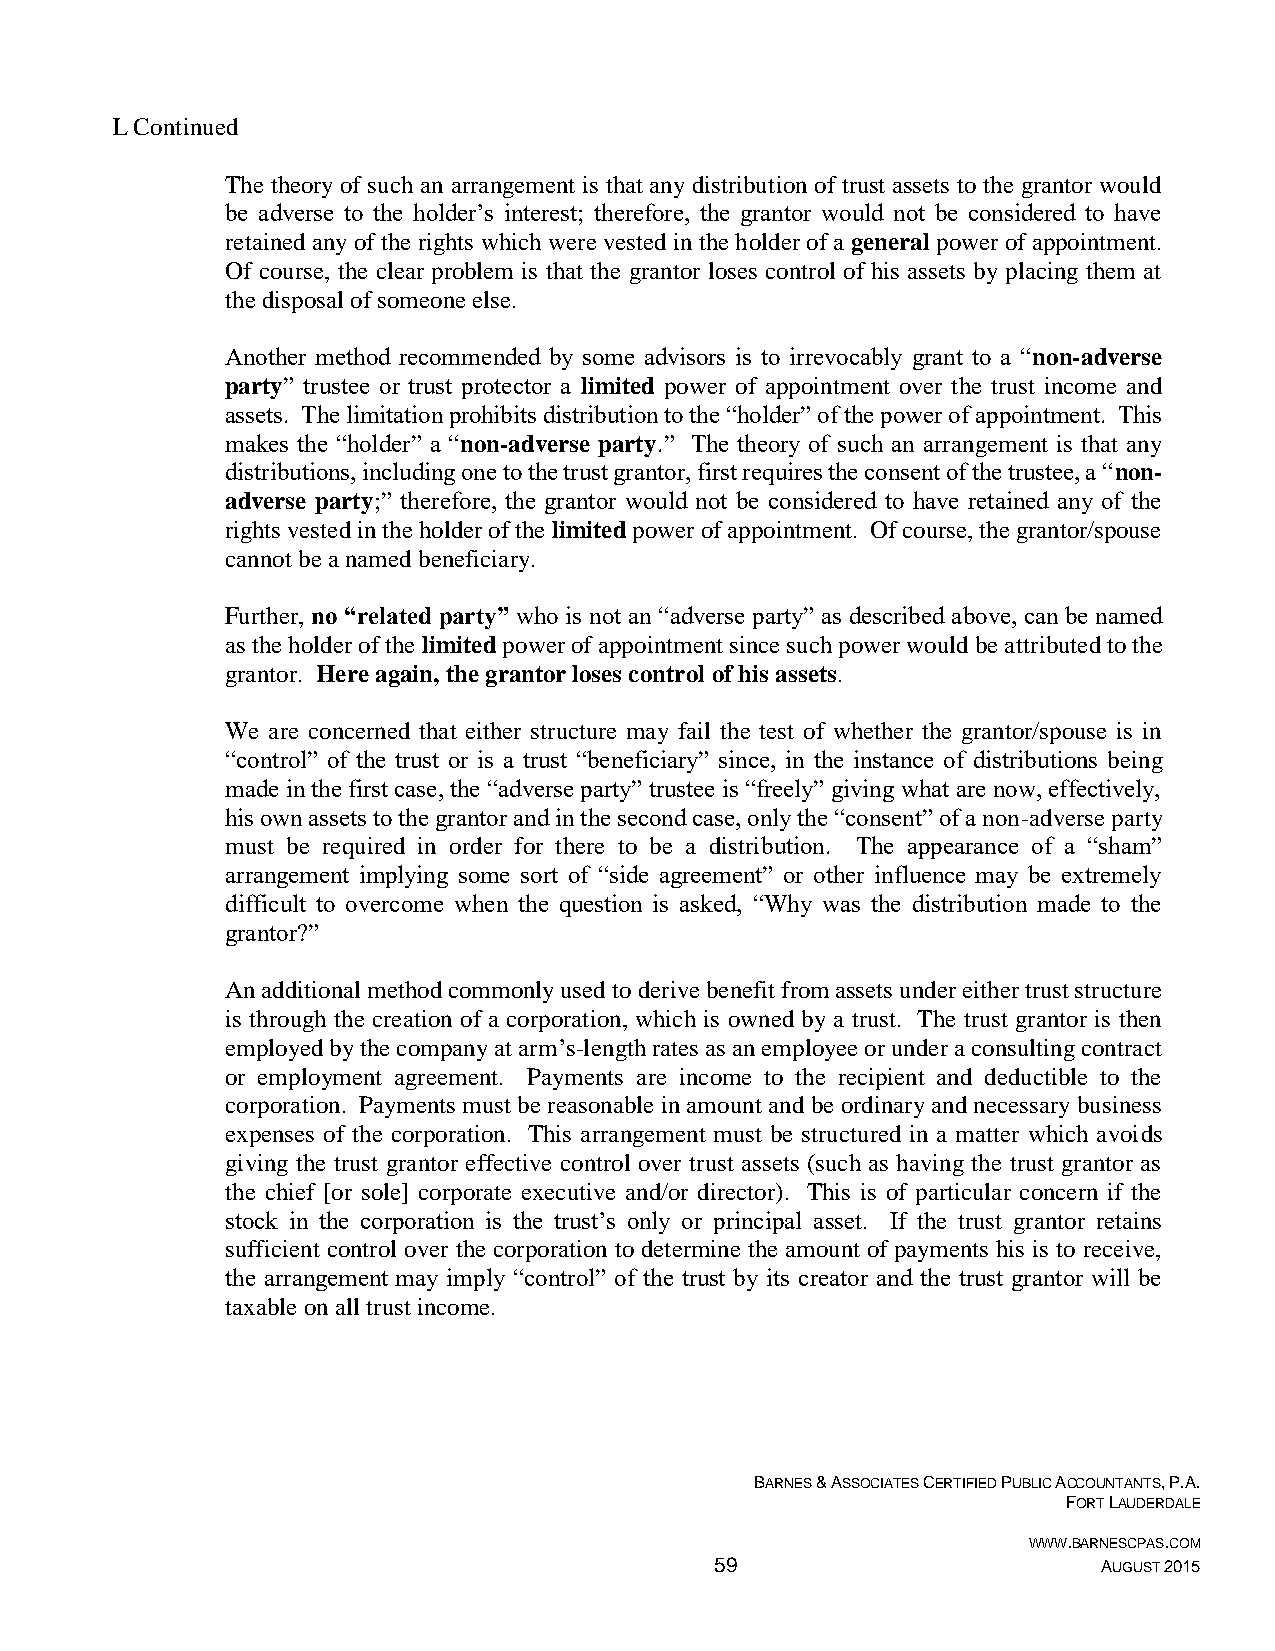
L Continued
 The theory of such an arrangement is that any distribution of trust assets to the grantor would
 be adverse to the holder’s interest; therefore, the grantor would not be considered to have
 retained any of the rights which were vested in the holder of a general power of appointment.
 Of course, the clear problem is that the grantor loses control of his assets by placing them at
 the disposal of someone else.
 Another method recommended by some advisors is to irrevocably grant to a “non-adverse
 party” trustee or trust protector a limited power of appointment over the trust income and
 assets. The limitation prohibits distribution to the “holder” of the power of appointment. This
 makes the “holder” a “non-adverse party.” The theory of such an arrangement is that any
 distributions, including one to the trust grantor, first requires the consent of the trustee, a “non-
 adverse party;” therefore, the grantor would not be considered to have retained any of the
 rights vested in the holder of the limited power of appointment. Of course, the grantor/spouse
 cannot be a named beneficiary.
 Further, no “related party” who is not an “adverse party” as described above, can be named
 as the holder of the limited power of appointment since such power would be attributed to the
 grantor. Here again, the grantor loses control of his assets.
 We are concerned that either structure may fail the test of whether the grantor/spouse is in
 “control” of the trust or is a trust “beneficiary” since, in the instance of distributions being
 made in the first case, the “adverse party” trustee is “freely” giving what are now, effectively,
 his own assets to the grantor and in the second case, only the “consent” of a non-adverse party
 must be required in order for there to be a distribution. The appearance of a “sham”
 arrangement implying some sort of “side agreement” or other influence may be extremely
 difficult to overcome when the question is asked, “Why was the distribution made to the
 grantor?”
 An additional method commonly used to derive benefit from assets under either trust structure
 is through the creation of a corporation, which is owned by a trust. The trust grantor is then
 employed by the company at arm’s-length rates as an employee or under a consulting contract
 or employment agreement. Payments are income to the recipient and deductible to the
 corporation. Payments must be reasonable in amount and be ordinary and necessary business
 expenses of the corporation. This arrangement must be structured in a matter which avoids
 giving the trust grantor effective control over trust assets (such as having the trust grantor as
 the chief [or sole] corporate executive and/or director). This is of particular concern if the
 stock in the corporation is the trust’s only or principal asset. If the trust grantor retains
 sufficient control over the corporation to determine the amount of payments his is to receive,
 the arrangement may imply “control” of the trust by its creator and the trust grantor will be
 taxable on all trust income.
 BARNES & ASSOCIATES CERTIFIED PUBLIC ACCOUNTANTS, P.A.
 FORT LAUDERDALE
 WWW.BARNESCPAS.COM
 59                        AUGUST 2015